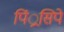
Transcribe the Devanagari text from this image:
पिं्रसिपे